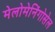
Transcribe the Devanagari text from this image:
मेलोमेनिंगोसेल